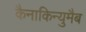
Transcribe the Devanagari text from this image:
कैनाकिन्युमैब